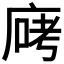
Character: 𫷶